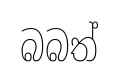
බබත්